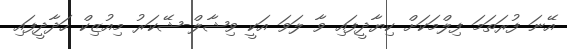
އޭނަ ފުރަތަމަ ފިލްމަކަށް ކިޔާދީފައި ވާ ލަވަ އަކީ ވިޝާލް-ޝޭކަރު މިއުޒިކް ހަދާދީފައި